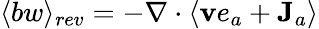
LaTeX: \langle bw\rangle_{rev}=-\nabla\cdot\langle{\mathbf v}e_{a}+{\mathbf J}_{a}\rangle